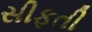
સીફતી